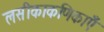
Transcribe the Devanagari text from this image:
लसीकाकणिकाएँ